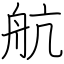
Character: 航